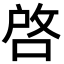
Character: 啓